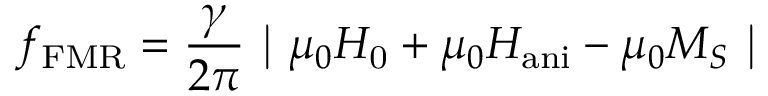
f _ { \mathrm { F M R } } = \frac { \gamma } { 2 \pi } \mathrm { ~ \textbar ~ } { \mu _ { 0 } H _ { \mathrm { 0 } } + \mu _ { 0 } H _ { \mathrm { a n i } } - \mu _ { 0 } M _ { S } \mathrm { ~ \textbar ~ } }